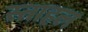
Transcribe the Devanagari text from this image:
स्ताहल